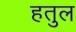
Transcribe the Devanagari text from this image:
हतुल